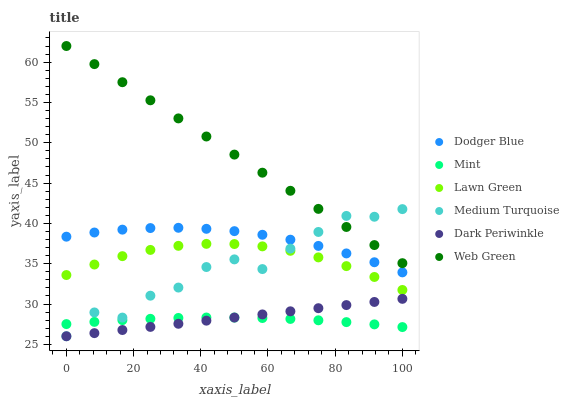
| xaxis_label | Dodger Blue | Mint | Lawn Green | Medium Turquoise | Dark Periwinkle | Web Green |
 | --- | --- | --- | --- | --- | --- | --- |
 | 0 | 38.4 | 27.5 | 33.6 | 26 | 26 | 62 |
 | 8.33 | 38.9 | 27.8 | 34.9 | 29 | 26.4 | 59.8 |
 | 16.7 | 39.2 | 28 | 35.9 | 28.3 | 26.8 | 57.5 |
 | 25 | 39.4 | 28.2 | 36.7 | 31 | 27.2 | 55.3 |
 | 33.3 | 39.5 | 28.3 | 37.2 | 32 | 27.5 | 53 |
 | 41.7 | 39.3 | 28.3 | 37.5 | 34.6 | 27.9 | 50.8 |
 | 50 | 39 | 28.3 | 37.4 | 35.5 | 28.3 | 48.5 |
 | 58.3 | 38.6 | 28.3 | 37.2 | 34.3 | 28.7 | 46.3 |
 | 66.7 | 38 | 28.1 | 36.6 | 36.9 | 29.1 | 44 |
 | 75 | 37.2 | 28 | 35.8 | 38.9 | 29.5 | 41.8 |
 | 83.3 | 36.3 | 27.8 | 34.7 | 40.9 | 29.9 | 39.6 |
 | 91.7 | 35.2 | 27.5 | 33.4 | 40.8 | 30.3 | 37.3 |
 | 100 | 33.9 | 27.1 | 31.7 | 41.8 | 30.6 | 35.1 |